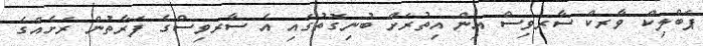
ޕަބްލިކް ވާރކް ސާރވިސް އިން އިތުރަށް ބުނިގޮތުގައި އެ ސާރވިސްގެ ފަރާތުން ރަށެއްގެ